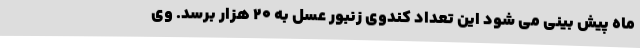
ماه پیش بینی می شود این تعداد کندوی زنبور عسل به 20 هزار برسد. وی